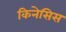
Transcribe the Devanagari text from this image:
किनेसिस